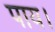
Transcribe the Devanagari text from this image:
पाय।